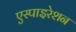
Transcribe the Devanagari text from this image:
एस्पाइरेशन